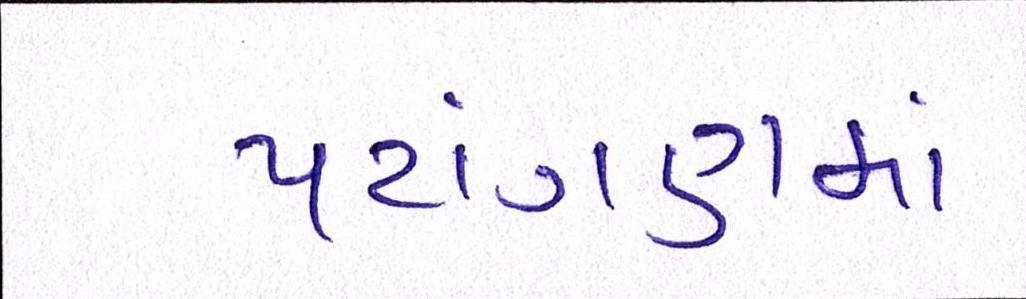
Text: પટાંગણમાં